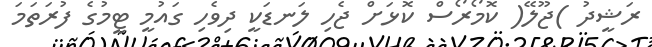
ރަޝީދު )ޖޫލޭ( ކޮމޯރޯސް ކޮޅަށް ޖެހި ލަނޑަކީ ދިވެހި ގައުމީ ޓީމުގެ ފުރަތަމަ